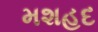
મશહદ